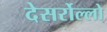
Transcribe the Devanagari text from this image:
देसर्रोल्लो